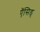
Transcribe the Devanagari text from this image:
ऍसिड्